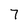
Character: 7